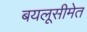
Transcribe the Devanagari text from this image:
बयलूसीमेत